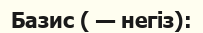
Базис ( — негіз):